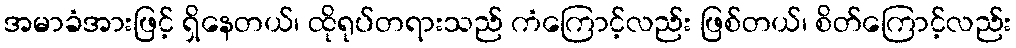
အမာခံအားဖြင့် ရှိနေတယ်၊ ထိုရုပ်တရားသည် ကံကြောင့်လည်း ဖြစ်တယ်၊ စိတ်ကြောင့်လည်း